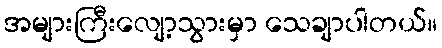
အများကြီးလျော့သွားမှာ သေချာပါတယ်။